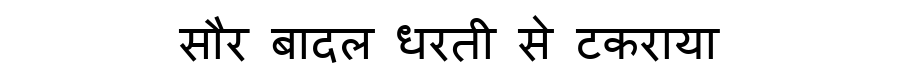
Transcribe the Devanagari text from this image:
सौर बादल धरती से टकराया